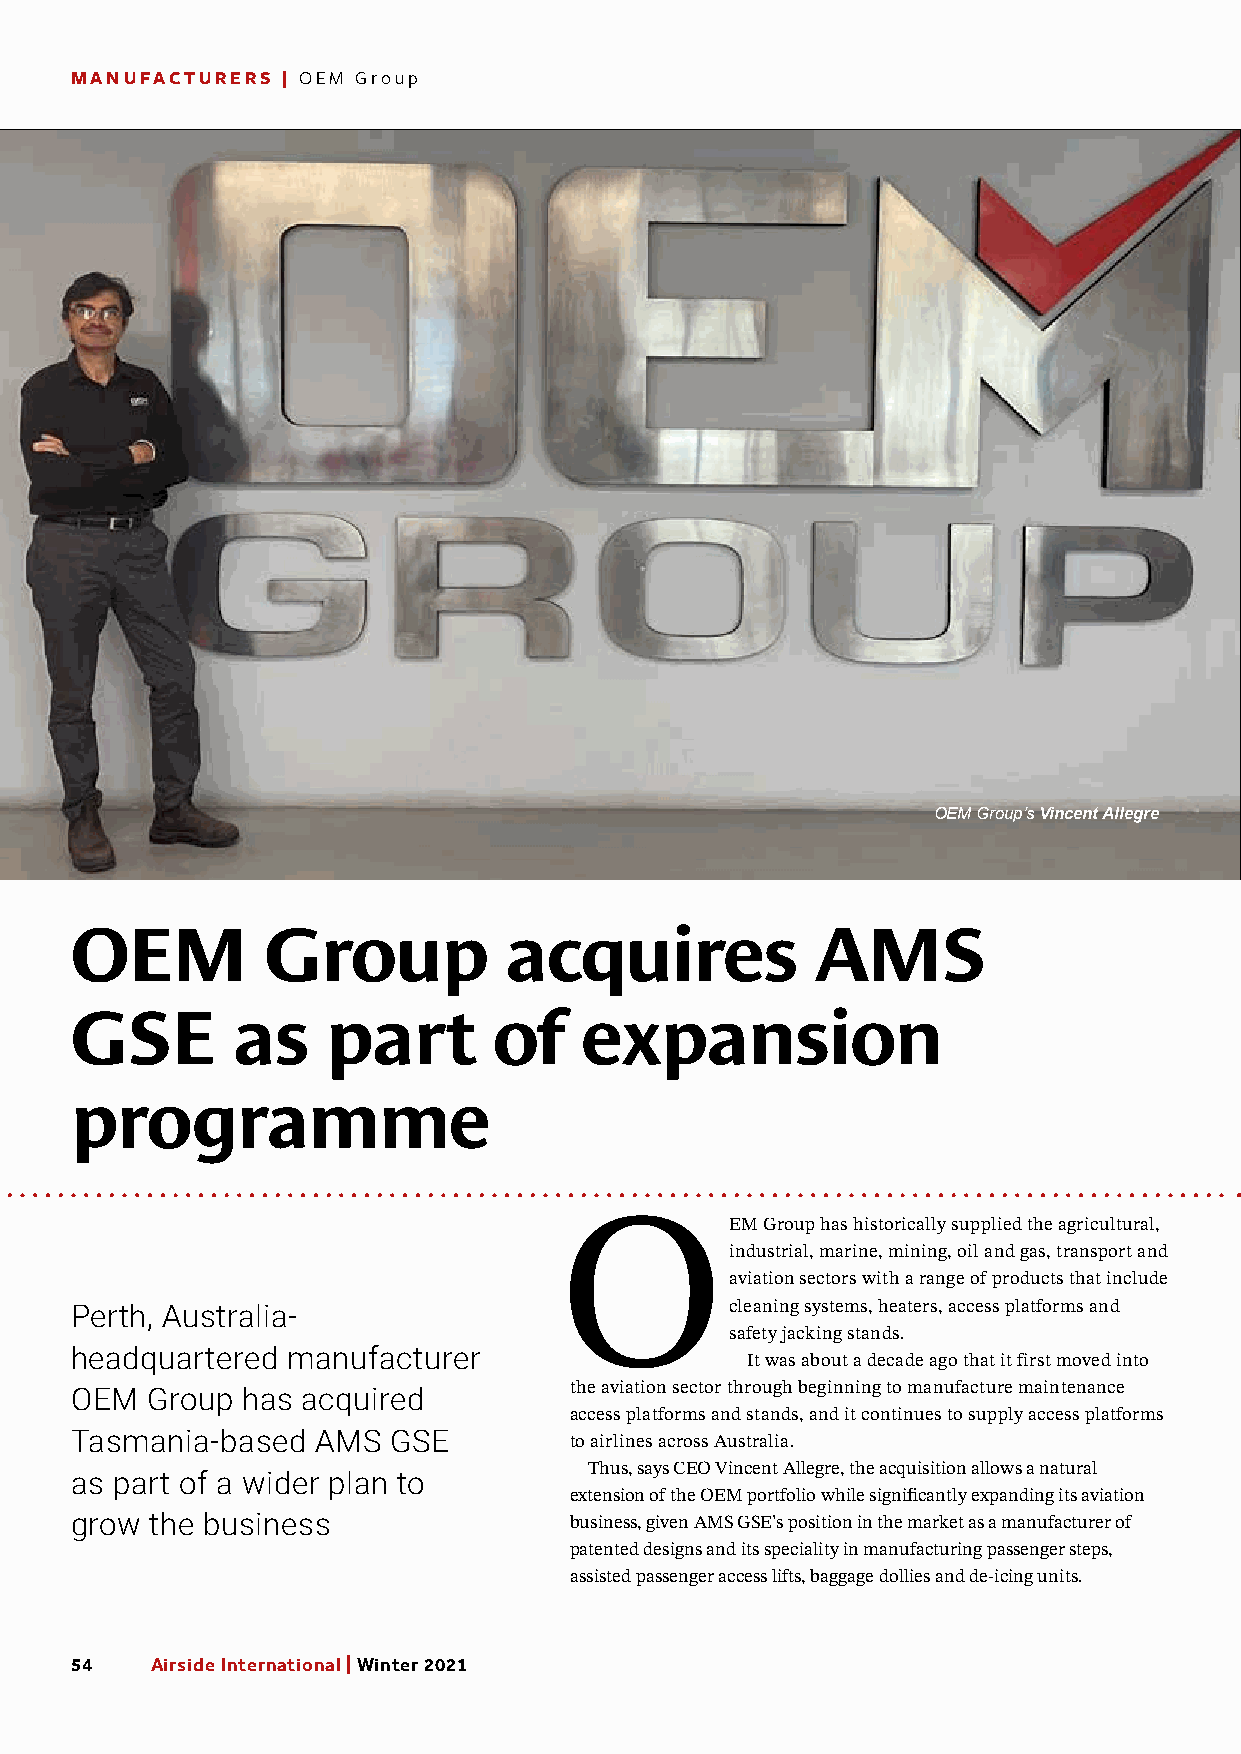
MANUFACTURERS | OEM Group
 OEM Group’s Vincent Allegre
 OEM         Group           acquires             AMS
 GSE       as     part       of   expansion
 programme
 OEM          Group has historically supplied the agricultural,
 industrial, marine, mining, oil and gas, transport and
 aviation sectors with a range of products that include
 Perth, Australia-                          cleaning systems, heaters, access platforms and
 safety jacking stands.
 headquartered manufacturer
 It was about a decade ago that it first moved into
 the aviation sector through beginning to manufacture maintenance
 OEM  Group has acquired
 access platforms and stands, and it continues to supply access platforms
 Tasmania-based  AMS  GSE         to airlines across Australia.
 Thus, says CEO Vincent Allegre, the acquisition allows a natural
 as part of a wider plan to
 extension of the OEM portfolio while significantly expanding its aviation
 grow the business                business, given AMS GSE’s position in the market as a manufacturer of
 patented designs and its speciality in manufacturing passenger steps,
 assisted passenger access lifts, baggage dollies and de-icing units.
 54   Airside International | Winter 2021